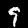
Digit: 9